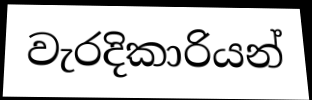
වැරදිකාරියන්